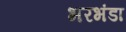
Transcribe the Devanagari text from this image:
भरभंडा